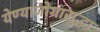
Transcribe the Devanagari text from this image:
येण्याजोगासुद्धा